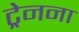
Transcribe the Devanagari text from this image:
ट्रेनना